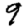
Digit: 9